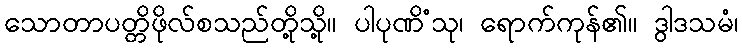
သောတာပတ္တိဖိုလ်စသည်တို့သို့။ ပါပုဏိံသု၊ ရောက်ကုန်၏။ ဒွါဒသမံ၊